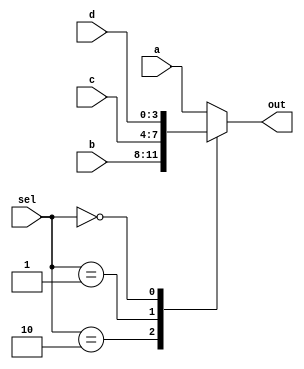
`timescale 1ns / 1ps
//2-to-1 mux
module muxL(   input [3:0] a, b, c, d,
               input [1:0] sel,
               output reg [3:0] out );


always @(*)
begin
    case (sel)
        2'b10: out = b;
        2'b01: out = c;
        2'b00: out = d;
        default: out = a;
    endcase
end
endmodule